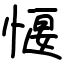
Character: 愝